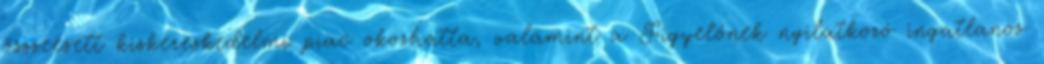
összeesett kiskereskedelmi piac okozhatta, valamint a Figyelőnek nyilatkozó ingatlanos